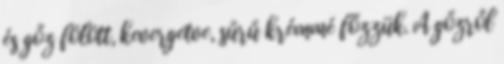
és gőz fölött, kevergetve, sűrű krémmé főzzük. A gőzről